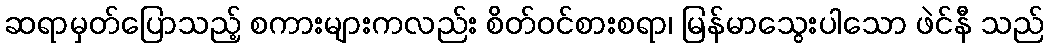
ဆရာမှတ်ပြောသည့် စကားများကလည်း စိတ်ဝင်စားစရာ၊ မြန်မာသွေးပါသော ဖဲင်နီ သည်